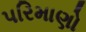
પરિમાણો